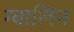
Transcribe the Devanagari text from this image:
ग्वालिन